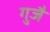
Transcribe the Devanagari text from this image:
गुजै